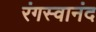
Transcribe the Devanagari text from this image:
रंगस्वानंद